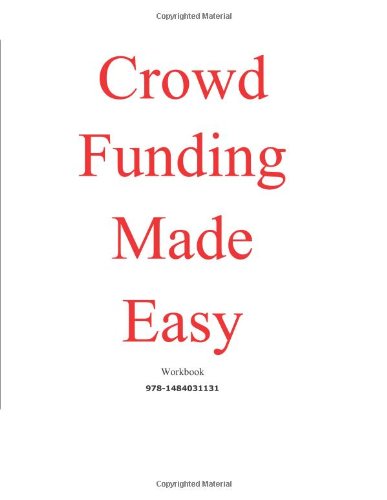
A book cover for Crowd  Funding Made Easy; Mervin Evans; Business & Money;